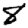
Digit: 8